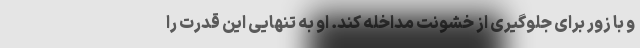
و با زور برای جلوگیری از خشونت مداخله کند. او به تنهایی این قدرت را